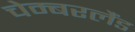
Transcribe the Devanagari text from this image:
चेम्बरलैंड